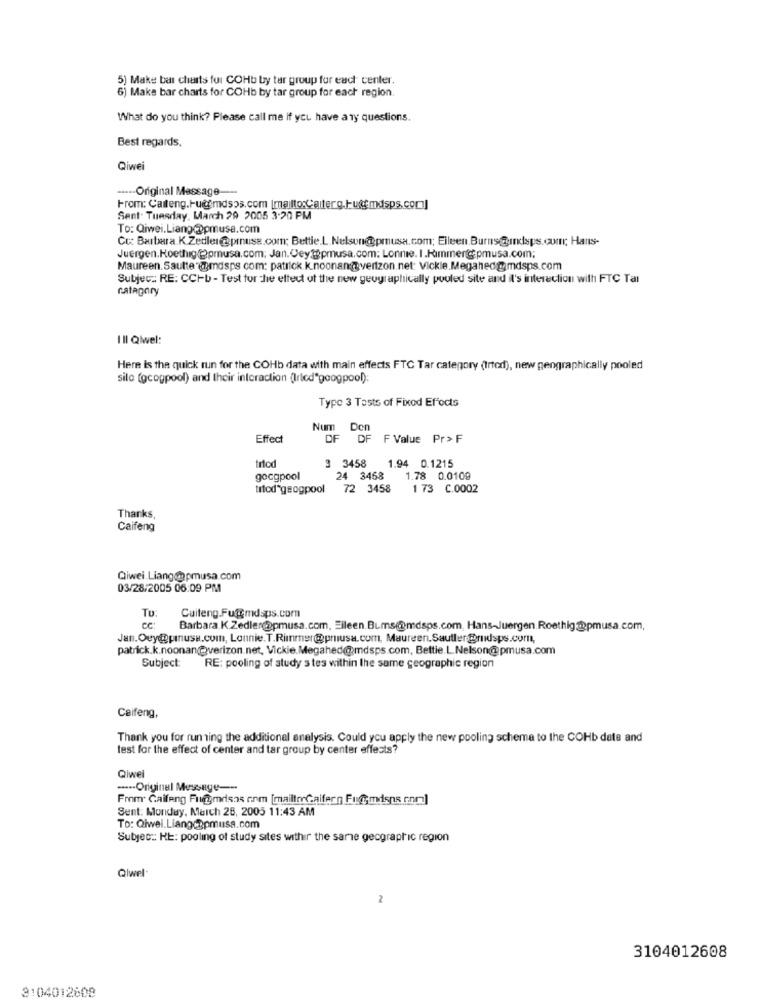
5) Make bar charts fur COHb by tar group for each center.
6) Make bar charts for COHb by tar group for each region.
What do you think? Please call me if you have any questions.
Best regards,
Qiwei
----- Original Message ---
From: Caiteng.Hu@fmdsos.com [mailto:Caiterg.lu@cmdsps.com]
Sent. Tuesday, March 29 2005 3:20 PM
To: Qiwei.Liang @pmusa.com
CC: Barbera. K.Zedler@prusa.com; Bettie.L. Nelson@prusa.com; Eileen.Burns@indsps.com; Hans-
Juergen.Koethig(@pmusa.com; Jan. Cey@pmusa.com: Lonnie. I.Himmer@pmusa.com;
Maureen. Sautte @mdsps com: patrick.k.noonan@hvertzon.net: Vickie.Megahed@mdsps.com
Subjec: RE: CCHb - Test for the effect of the new geographically pouled site and it's interaction with FTC Tal
category
III Qlwel:
Here Is the quick run for the COHb data with main effects FTC Tar category (trtod), new geographically pooled
silo (gcogpool) and their interaction (Irted"googpool):
Typo 3 Tests of Fixed Effects
Num Don
Effect
OF DF F Value Pr> F
trtod
3 3458 1.94 0.1215
gocgpool
24 3458
1.78 0.0109
titod geogpool
72 3458
1 73 C.0002
Thanks,
Caifeng
Qiwei. Liang@pmusa.com
03/28/2005 06:09 PM
To:
Cuiteng.Fu@gmdsps.com
Barbara.K.Zedler@apmusa.com, Eileen.Bums@mdsps.com, Hans-Juergen.Roethig@pmusa.com,
Jan.Ouy@pinuse.com, Lonnie.T.Rimmer@priusa.com, Maureen.Sautler@ruidsps.com,
patrick.k.noonan@@verizon.net, Vickie.Megahed@mdsps.com, Bettie.L.Nelson@pmusa.com
Subject:
RE: pooling of study s tes within the same geographic region
Caifeng,
Thank you for running the additional analysis. Could you apply the new pooling schema to the COHb date and
test for the effect of center and tar group by center effects?
Qiwe
---- Original Message --
From Caifeng Fuggmdsos enm [mailtoCaifern Fug;mdsps com]
Sent: Monday, March 28, 2005 11:43 AM
To: Qiwei.Liangcopmusa.com
Subyec :: KE: pooling of study sites withir the same geographic region
Qlwel-
2
3104012608
3104012608